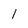
Character: l